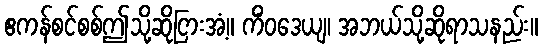
ဧကန်စင်စစ်ဤသို့ဆိုငြားအံ့။ ကိံဝဒေယျ၊ အဘယ်သို့ဆိုရာသနည်း။